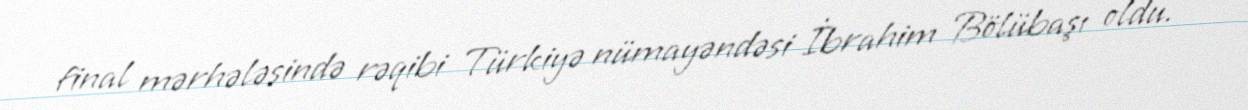
final mərhələsində rəqibi Türkiyə nümayəndəsi İbrahim Bölübaşı oldu.